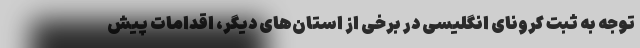
توجه به ثبت کرونای انگلیسی در برخی از استان‌های دیگر، اقدامات پیش